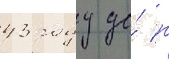
43 году до́ н